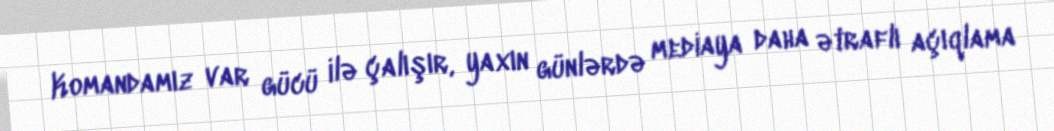
Komandamız var gücü ilə çalışır, yaxın günlərdə mediaya daha ətraflı açıqlama